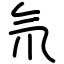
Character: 氘